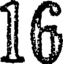
16